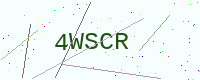
Text: 4WSCR